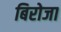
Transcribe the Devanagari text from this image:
बिरोजा